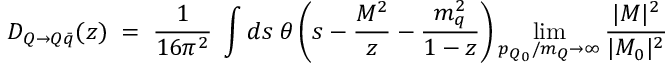
D _ { Q \to Q \bar { q } } ( z ) \; = \; \frac { 1 } { 1 6 \pi ^ { 2 } } \; \int d s \; \theta \left( s - { \frac { M ^ { 2 } } { z } } - { \frac { m _ { q } ^ { 2 } } { 1 - z } } \right) \operatorname * { l i m } _ { p _ { Q _ { 0 } } / m _ { Q } \rightarrow \infty } { \frac { | { \cal M } | ^ { 2 } } { | { \cal M } _ { 0 } | ^ { 2 } } } \;